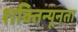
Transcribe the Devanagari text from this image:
शक्तिन्यूनता